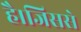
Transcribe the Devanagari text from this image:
है।जिससे